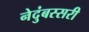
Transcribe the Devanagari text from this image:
नेदुंबस्सरी